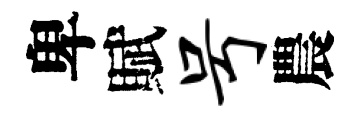
卑賦号農